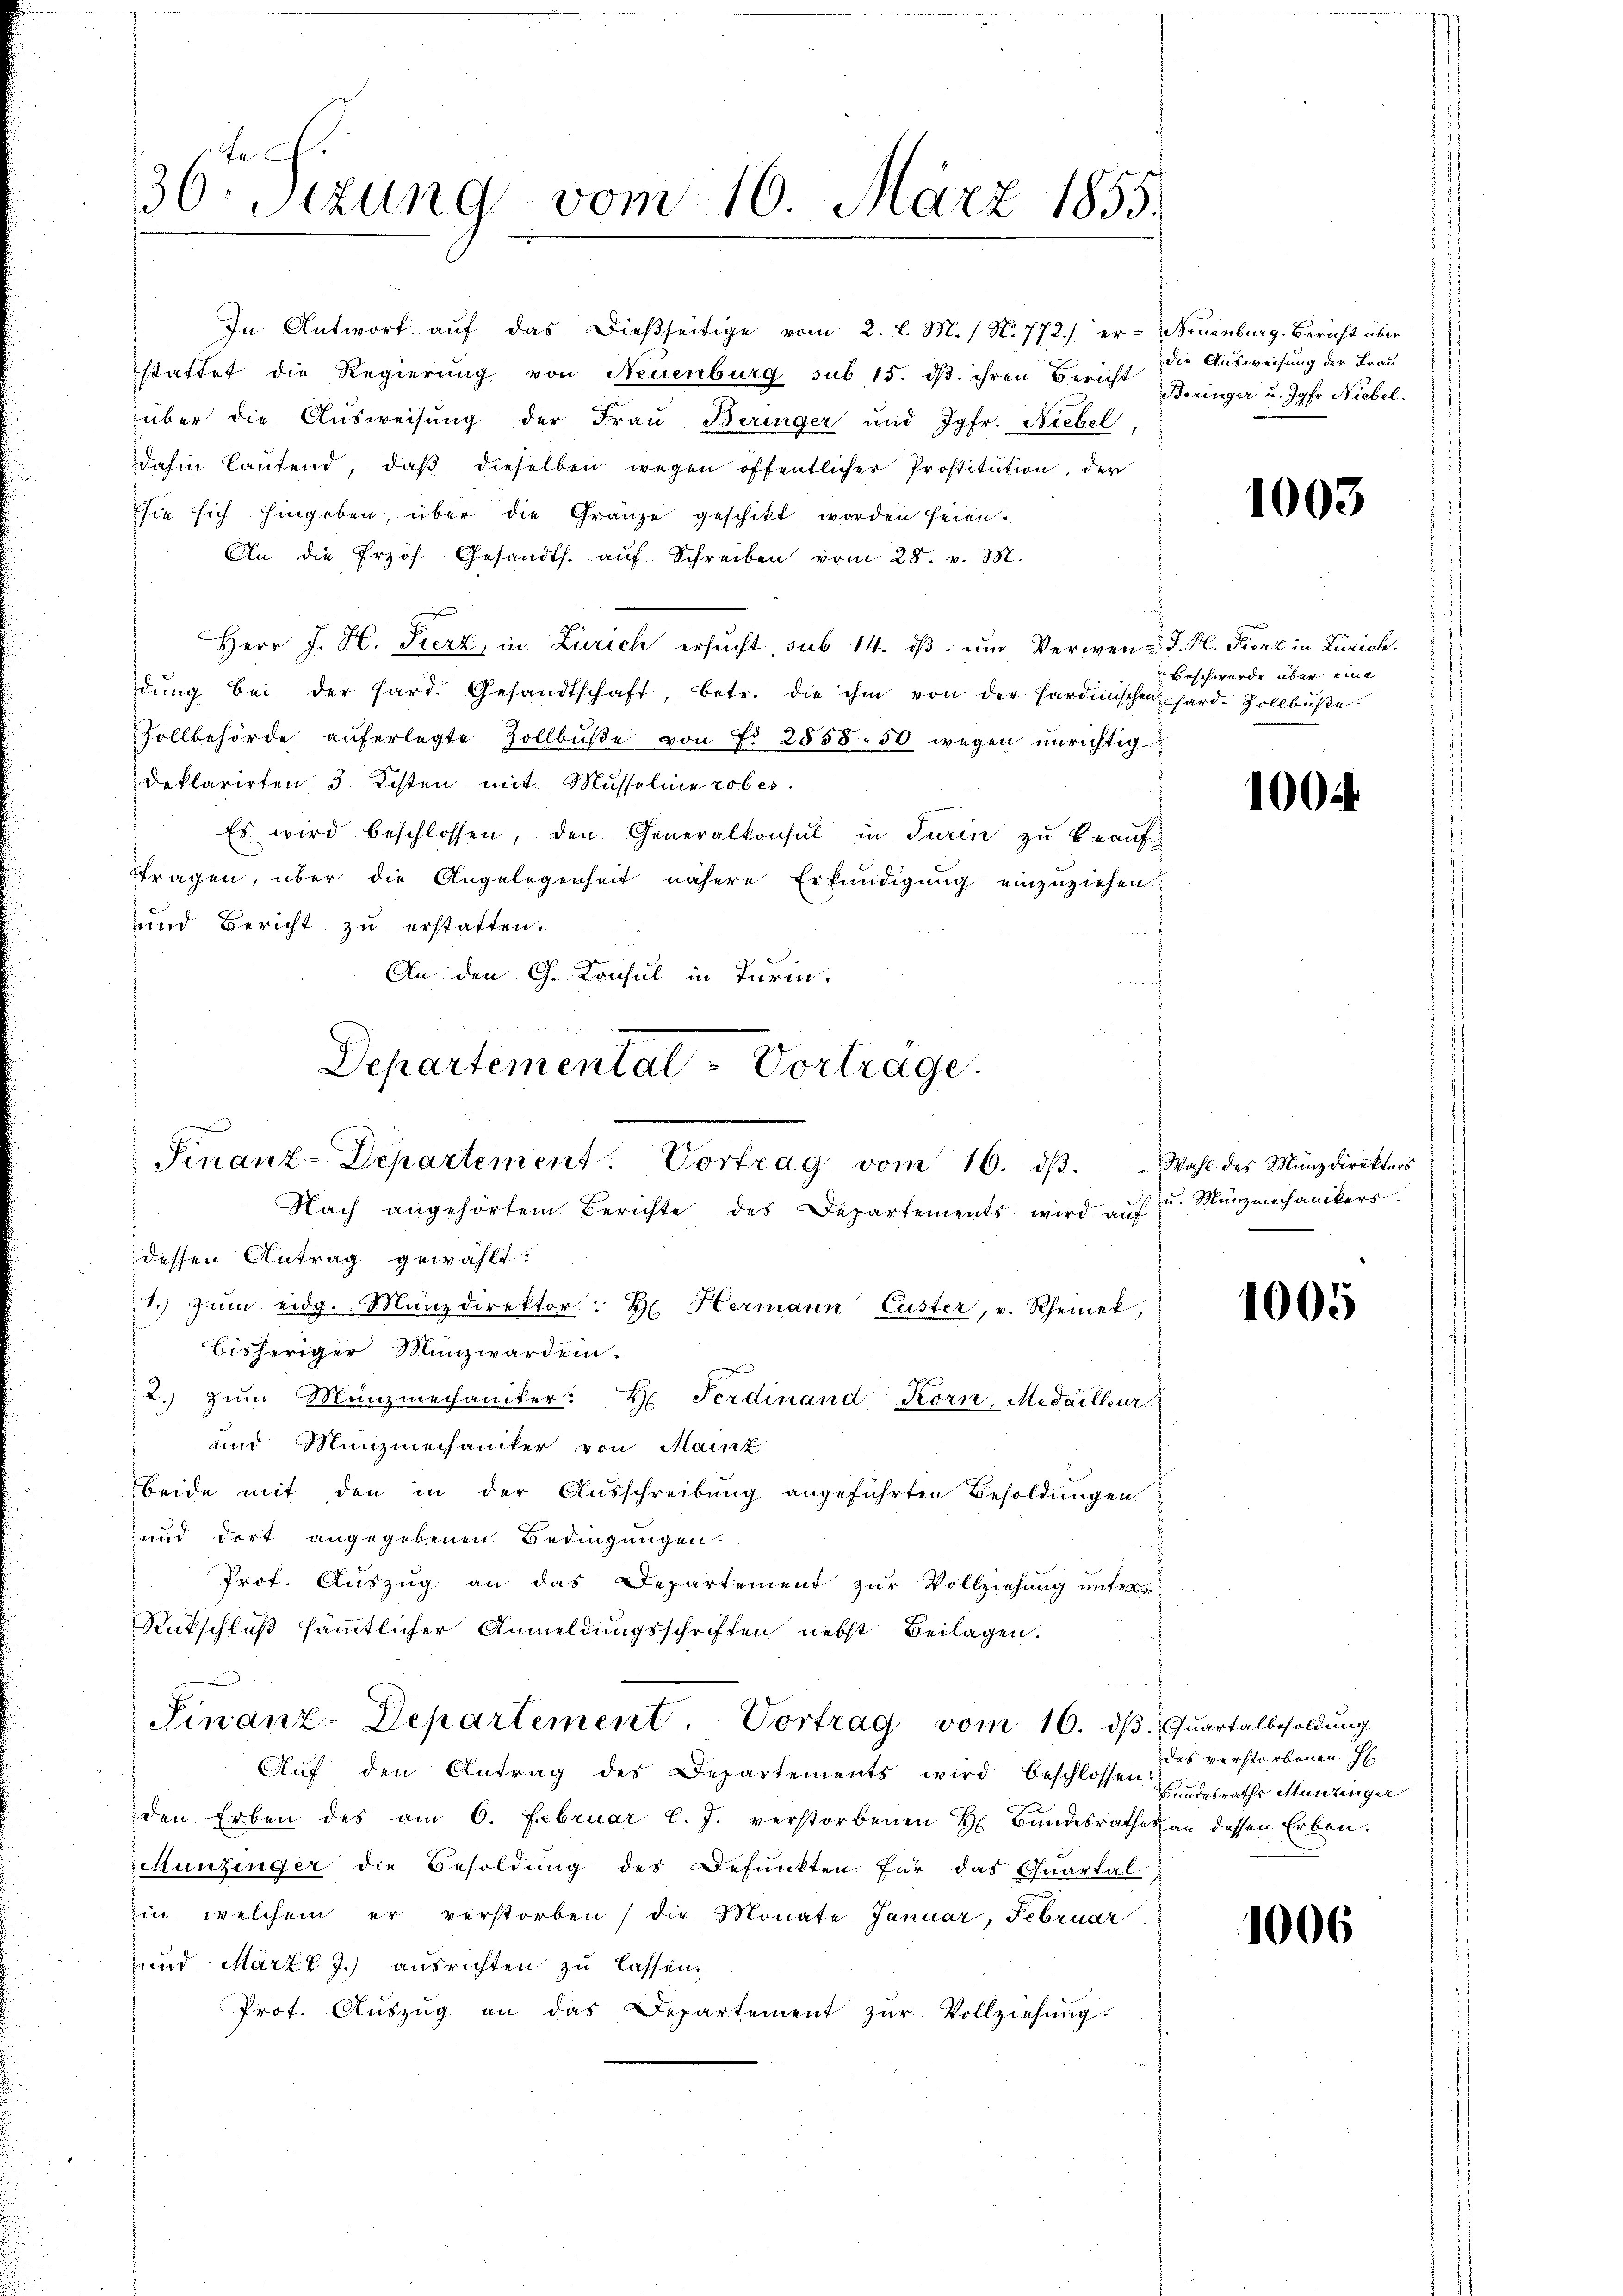
In Antwort aŭf das dießseitige vom 2. l. M. / N. 772.) er- Neuenburg. Bericht über
stattet die Regierung von Neuenburg sub 15. dβ. ihren Bericht Beringer u. Jgfr. Niebel.
über die Aŭsweisŭng der Fraŭ Beringer und Jgfr. Niebel,
dahin laŭfend, daβ dieselben wegen öffentlicher Prostitution, der
sie sich hingeben, über die Gränze geschikt worden seien.
An die Przös. Gesandts. aŭf Schreiben vom 28. v. M.
Herr J. H. Fierz, in Zürich ersucht, sub 14. dβ. um Verwend. J. H. Fierz in Zürich.
dŭng bei der hard. Gesandtschaft, betr. die ihm von der Sardinischen hard-Zollbüße
Zollbehörde aŭferlegte Zollbŭβe von Fr. 2858. 50 wegen unrichtigdeklarirten 3. Kosten mit Musseline robes.
Es wird beschlossen, den Generalkonsul in Turin zŭ beaŭf
Fragen, über die Angelegenheit nähere Erkundigung einzuziehen.
und Bericht zu erstatten.
f
An den G. Konsul in Turin.
Departemental - Vorträge.

.
30. Sitzung vom 16. März 1855.

Sinanz-Departement. Vortrag vom 16. dβ. Wahl des Münzdirektors
Nach angehörtem Berichte des Departements wird auf
dessen Antrag gewählt:
1. zŭm eidg. Manzdirektor H. Hermann Custer, v. Rheinek,

bisheriger Münzwarden.
2. zum Münzmechaniker. H. Ferdinand Korn, Medailleur
und Munziechaniker von Mainz
beide mit den in der Aŭsschreibŭng angeführten Besoldungen
und dort angegebenen Bedingungen.
Prof. Auszug an das Departement zur Vollziehung unter-
Rückschluß sämmtlicher Anmeldungsschriften nebst Beilagen.
Finanz-Departement. Vortrag vom 16. dβ.
Aŭf den Antrag des Departements wird beschlossen
den Erben des am 6. Februar l. J. verstorbenen H. Bŭndesrathe
Munzinger die Besoldung des Defunkten für das Quartal
in welchem er verstorben) die Monate Januar, Februar
und Märzk J.) ausrichten zu lassen.
Prof. Aŭszŭg an das Departement zŭr Vollziehŭng.

die Ausweisung der Frau

1003

Beschwerde über eine

100

u. Münzmechanikers.

1005

Quartalbesoldung.
das verstorbenen H.
Bundesraths Munzinger
s an dessen Erben.

1006